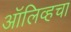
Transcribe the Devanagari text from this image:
ऑलिव्हचा